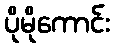
ပိုမိုကောင်း